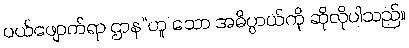
ပယ်ဖျောက်ရာ ဌာန”ဟူ သော အဓိပ္ပာယ်ကို ဆိုလိုပါသည်။